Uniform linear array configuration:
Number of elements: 12
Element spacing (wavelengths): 0.75
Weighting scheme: kaiser
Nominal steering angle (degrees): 0
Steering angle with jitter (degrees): -0.3942
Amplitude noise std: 0.05
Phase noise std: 0.05

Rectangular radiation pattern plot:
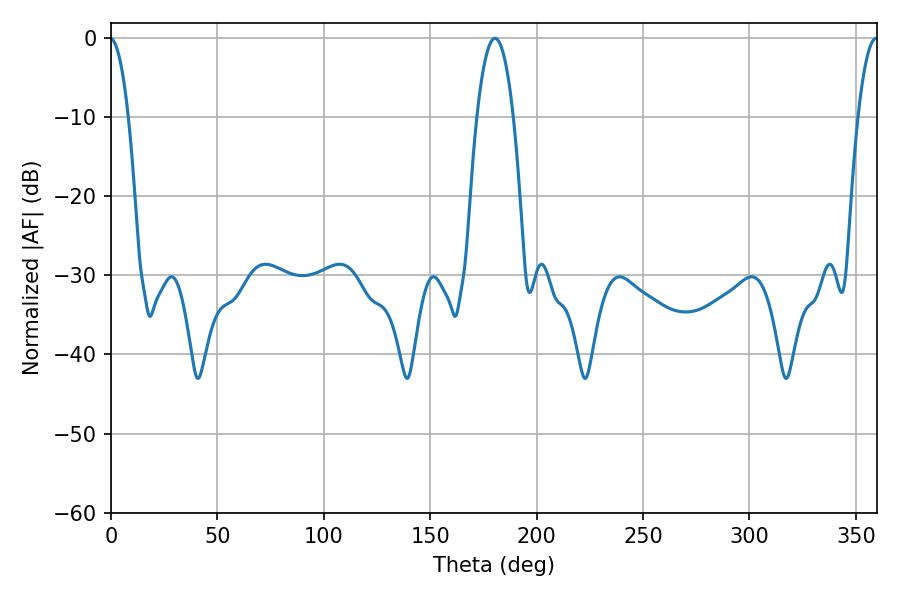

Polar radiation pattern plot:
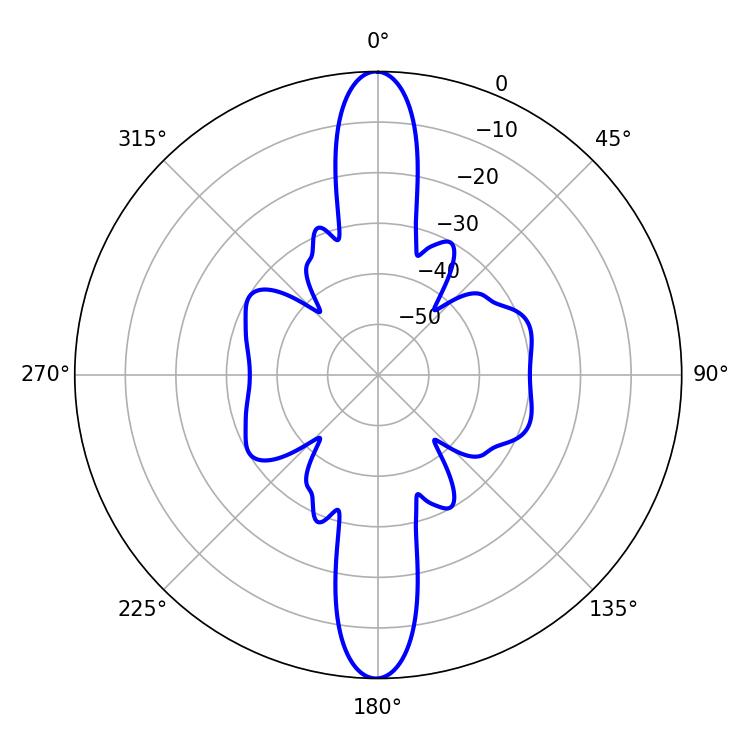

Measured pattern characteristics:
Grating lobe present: TRUE
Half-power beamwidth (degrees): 9.54
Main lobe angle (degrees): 180.36